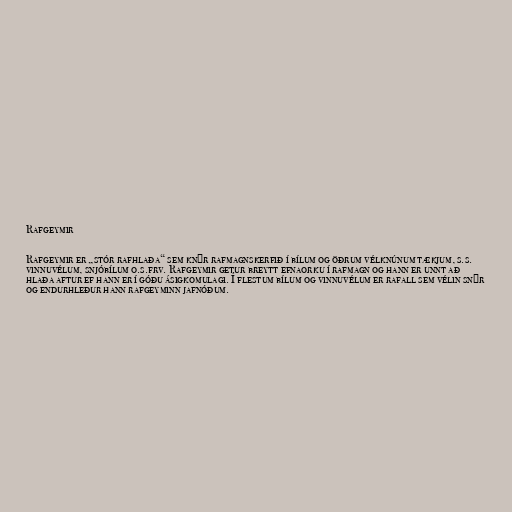
Rafgeymir

Rafgeymir er „stór rafhlaða“ sem knýr rafmagnskerfið í bílum og öðrum vélknúnum tækjum, s.s.
vinnuvélum, snjóbílum o.s.frv. Rafgeymir getur breytt efnaorku í rafmagn og hann er unnt að
hlaða aftur ef hann er í góðu ásigkomulagi. Í flestum bílum og vinnuvélum er rafall sem vélin snýr
og endurhleður hann rafgeyminn jafnóðum.